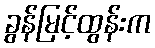
ခွန်မြင့်ထွန်းက